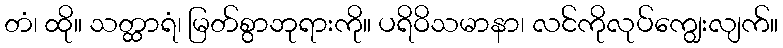
တံ၊ ထို။ သတ္ထာရံ၊ မြတ်စွာဘုရားကို။ ပရိဝိသမာနာ၊ လင်ကိုလုပ်ကျွေးလျက်။